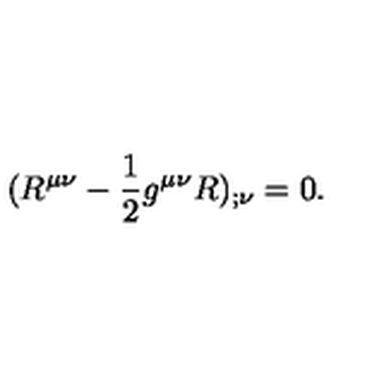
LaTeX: ( R ^ { \mu \nu } - \frac { 1 } { 2 } g ^ { \mu \nu } R ) _ { ; \nu } = 0 .